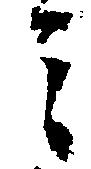
ミ